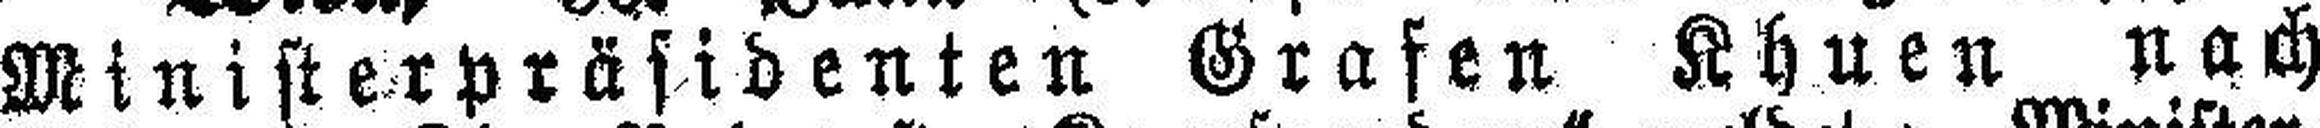
Ministerpräsidenten Grafen Khuen nach